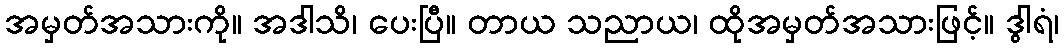
အမှတ်အသားကို။ အဒါသိ၊ ပေးပြီ။ တာယ သညာယ၊ ထိုအမှတ်အသားဖြင့်။ ဒွါရံ၊